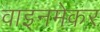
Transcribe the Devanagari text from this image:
वाइनमेकर